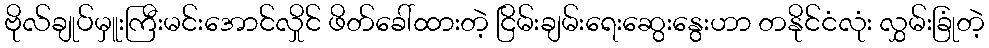
ဗိုလ်ချုပ်မှူးကြီးမင်းအောင်လှိုင် ဖိတ်ခေါ်ထားတဲ့ ငြိမ်းချမ်းရေးဆွေးနွေးဟာ တနိုင်ငံလုံး လွှမ်းခြုံတဲ့